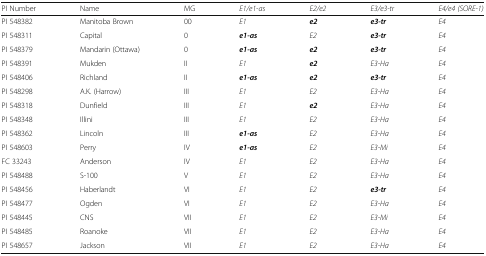
<table><thead><tr><td><b>PI Number</b></td><td><b>Name</b></td><td><b>MG</b></td><td><b><i>E1/e1-as</i></b></td><td><b><i>E2/e2</i></b></td><td><b><i>E3/e3-tr</i></b></td><td><b><i>E4/e4 (SORE-1)</i></b></td></tr></thead><tbody><tr><td>PI 548382</td><td>Manitoba Brown</td><td>00</td><td><i>E1</i></td><td><b><i>e2</i></b></td><td><b><i>e3-tr</i></b></td><td><i>E4</i></td></tr><tr><td>PI 548311</td><td>Capital</td><td>0</td><td><b><i>e1-as</i></b></td><td><i>E2</i></td><td><b><i>e3-tr</i></b></td><td><i>E4</i></td></tr><tr><td>PI 548379</td><td>Mandarin (Ottawa)</td><td>0</td><td><b><i>e1-as</i></b></td><td><b><i>e2</i></b></td><td><b><i>e3-tr</i></b></td><td><i>E4</i></td></tr><tr><td>PI 548391</td><td>Mukden</td><td>II</td><td><i>E1</i></td><td><b><i>e2</i></b></td><td><i>E3-Ha</i></td><td><i>E4</i></td></tr><tr><td>PI 548406</td><td>Richland</td><td>II</td><td><b><i>e1-as</i></b></td><td><b><i>e2</i></b></td><td><b><i>e3-tr</i></b></td><td><i>E4</i></td></tr><tr><td>PI 548298</td><td>A.K. (Harrow)</td><td>III</td><td><i>E1</i></td><td><i>E2</i></td><td><i>E3-Ha</i></td><td><i>E4</i></td></tr><tr><td>PI 548318</td><td>Dunfield</td><td>III</td><td><i>E1</i></td><td><b><i>e2</i></b></td><td><i>E3-Ha</i></td><td><i>E4</i></td></tr><tr><td>PI 548348</td><td>Illini</td><td>III</td><td><i>E1</i></td><td><i>E2</i></td><td><i>E3-Ha</i></td><td><i>E4</i></td></tr><tr><td>PI 548362</td><td>Lincoln</td><td>III</td><td><b><i>e1-as</i></b></td><td><i>E2</i></td><td><i>E3-Ha</i></td><td><i>E4</i></td></tr><tr><td>PI 548603</td><td>Perry</td><td>IV</td><td><b><i>e1-as</i></b></td><td><i>E2</i></td><td><i>E3-Mi</i></td><td><i>E4</i></td></tr><tr><td>FC 33243</td><td>Anderson</td><td>IV</td><td><i>E1</i></td><td><i>E2</i></td><td><i>E3-Ha</i></td><td><i>E4</i></td></tr><tr><td>PI 548488</td><td>S-100</td><td>V</td><td><i>E1</i></td><td><i>E2</i></td><td><i>E3-Ha</i></td><td><i>E4</i></td></tr><tr><td>PI 548456</td><td>Haberlandt</td><td>VI</td><td><i>E1</i></td><td><i>E2</i></td><td><b><i>e3-tr</i></b></td><td><i>E4</i></td></tr><tr><td>PI 548477</td><td>Ogden</td><td>VI</td><td><i>E1</i></td><td><i>E2</i></td><td><i>E3-Ha</i></td><td><i>E4</i></td></tr><tr><td>PI 548445</td><td>CNS</td><td>VII</td><td><i>E1</i></td><td><i>E2</i></td><td><i>E3-Mi</i></td><td><i>E4</i></td></tr><tr><td>PI 548485</td><td>Roanoke</td><td>VII</td><td><i>E1</i></td><td><i>E2</i></td><td><i>E3-Ha</i></td><td><i>E4</i></td></tr><tr><td>PI 548657</td><td>Jackson</td><td>VII</td><td><i>E1</i></td><td><i>E2</i></td><td><i>E3-Ha</i></td><td><i>E4</i></td></tr></tbody></table>